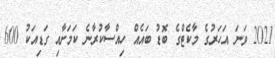
2021 ވަނަ އަހަރުގެ މާކެޓްގެ ބޮޑު ބައެއް ހިއްސާކުރާނެ ކަމަށާއި ގަޑިއަކު 600